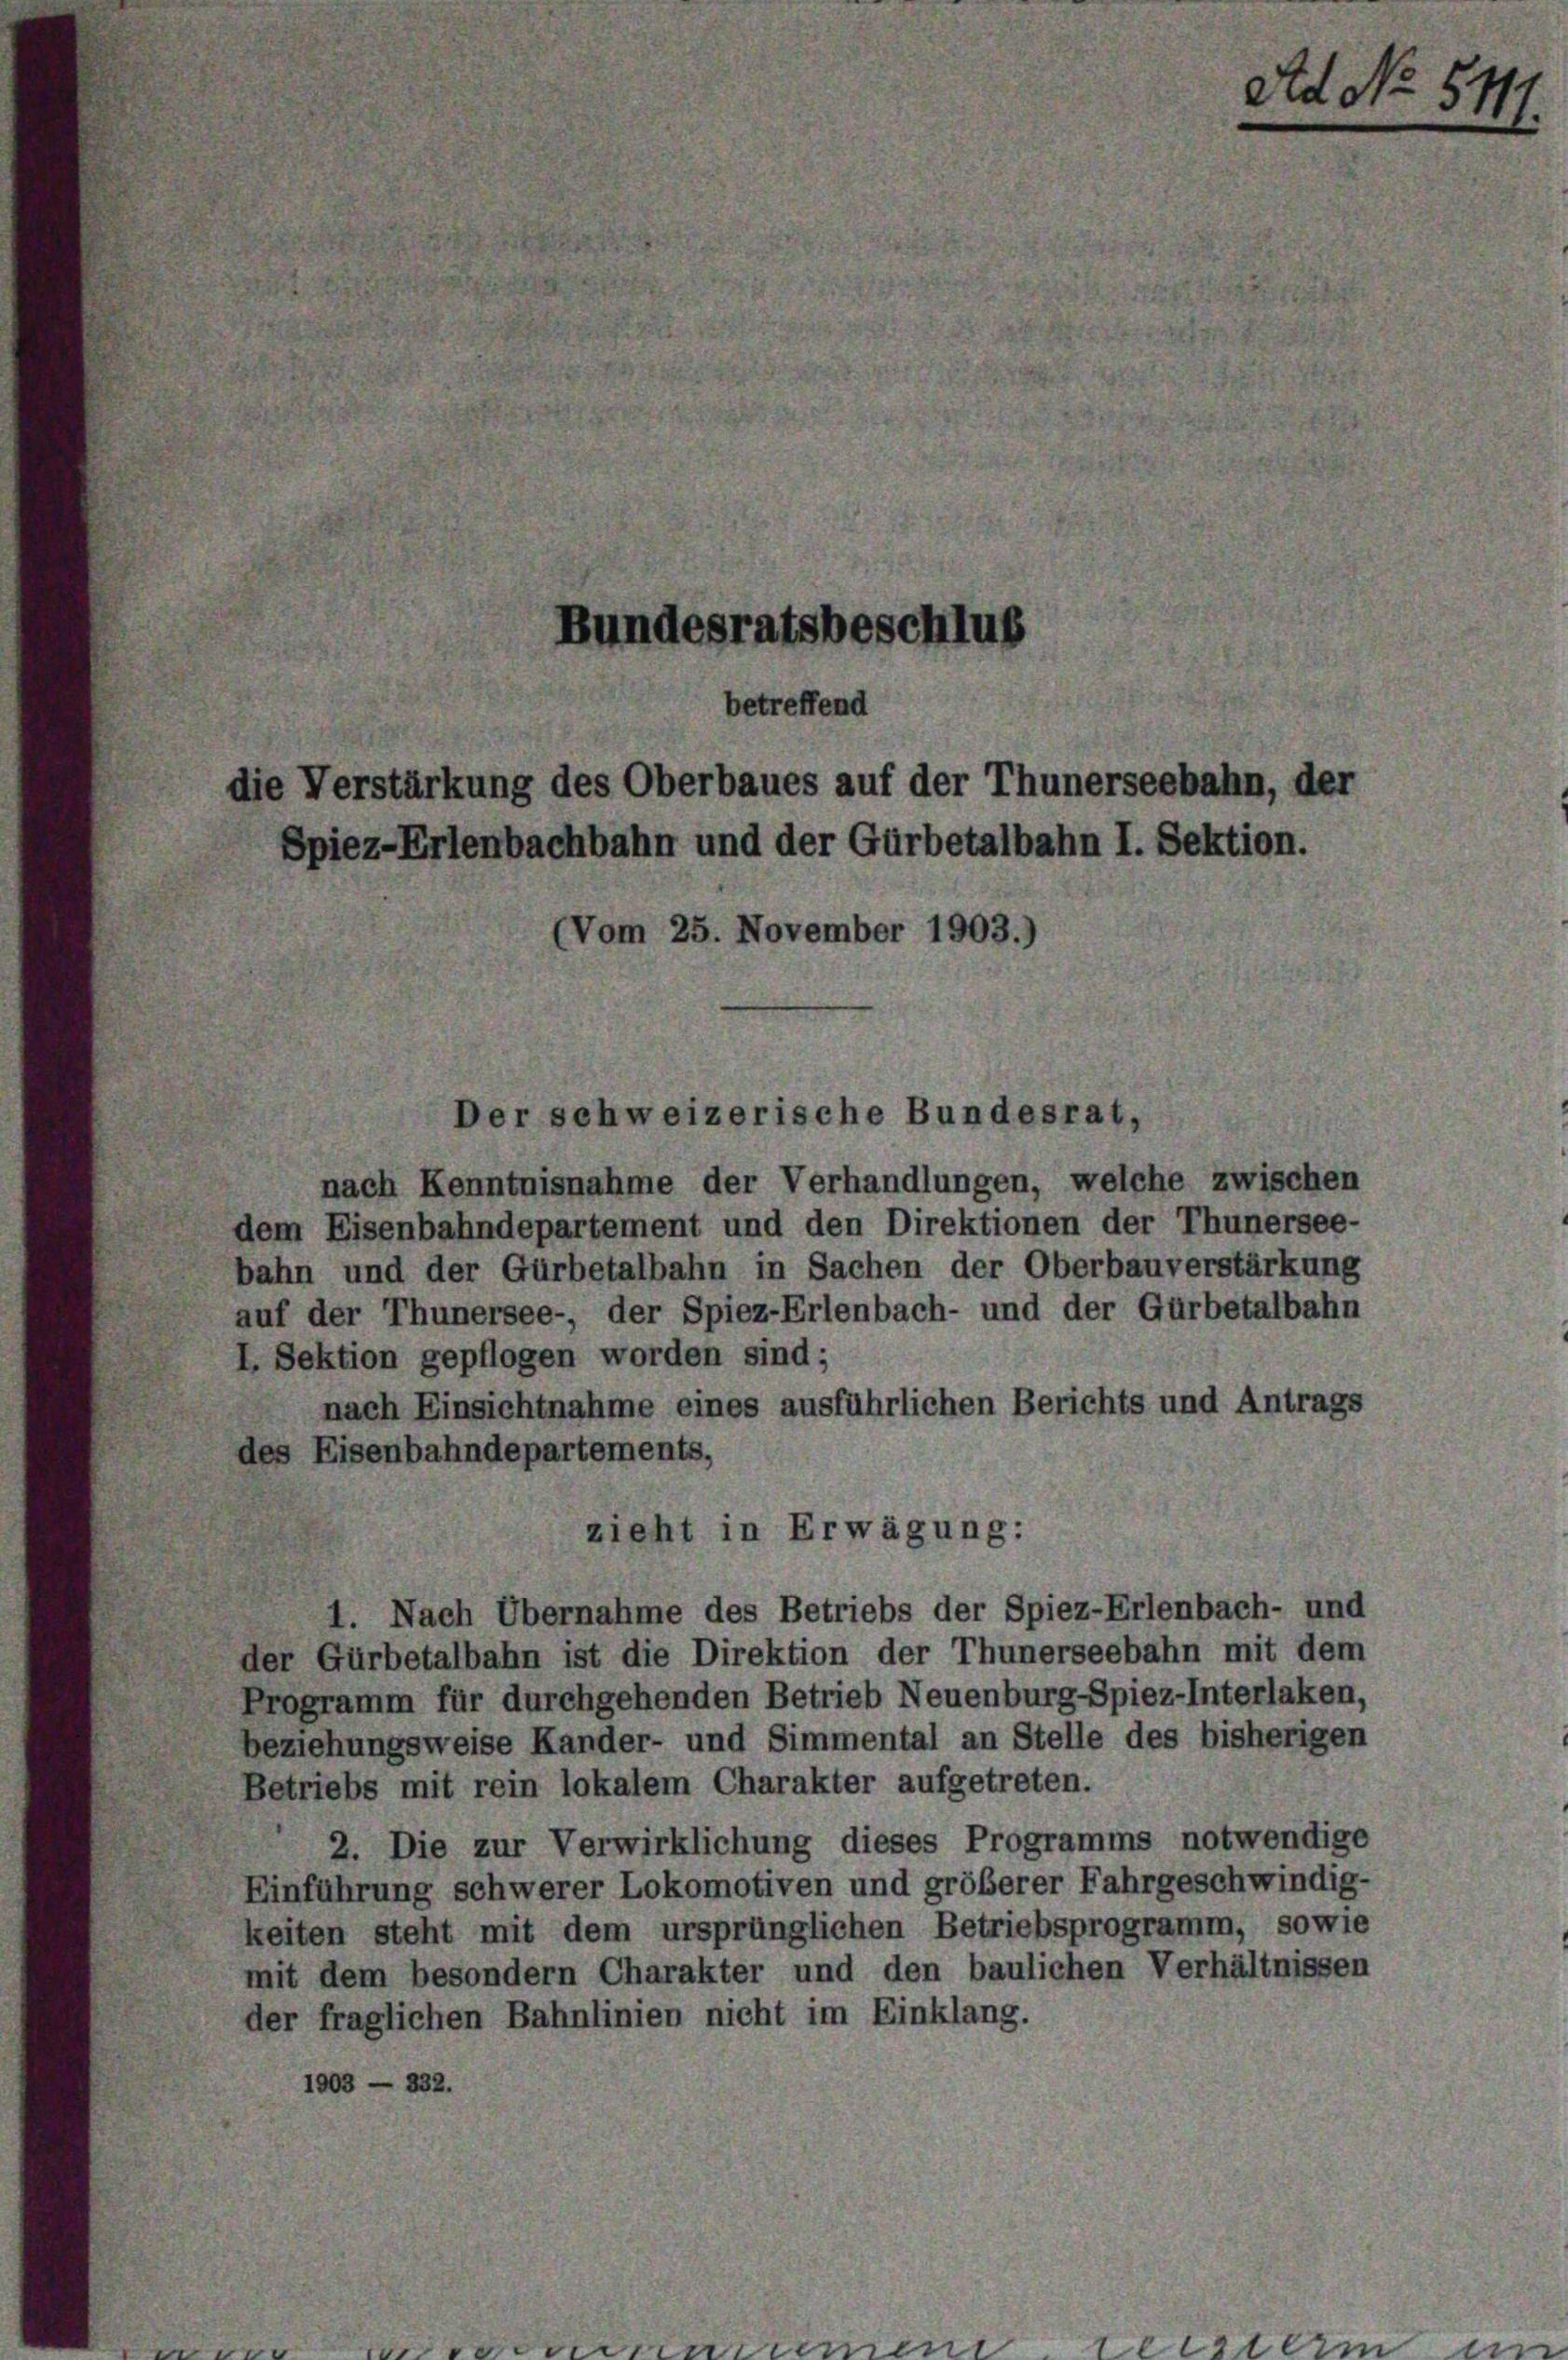
Bundesratsbeschluß
betreffend
die Verstärkung des Oberbaues auf der Thunerseebahn, der
Spiez-Erlenbachbahn und der Gürbetalbahn I. Sektion.
Vom 25. November 1903.)

Der schweizerische Bundesrat,

a

nach Kenntnisnahme der Verhandlungen, welche zwischen
dem Eisenbahndepartement und den Direktionen der Thunersee-
bahn und der Gürbetalbahn in Sachen der Oberbauverstärkung
auf der Thunersee-, der Spiez-Erlenbach- und der Gurbetalbahn
I. Sektion gepflogen worden sind;
nach Einsichtnahme eines ausführlichen Berichts und Antrags
des Eisenbahndepartements,
zieht in Erwägung:
1. Nach Übernahme des Betriebs der Spiez-Erlenbach- und
der Gürbetalbahn ist die Direktion der Thunerseebahn mit dem
Programm für durchgehenden Betrieb Neuenburg-Spiez-Interlaken,
beziehungsweise Kander- und Simmental an Stelle des bisherigen
Betriebs mit rein lokalem Charakter aufgetreten.
2. Die zur Verwirklichung dieses Programms notwendige
Einführung schwerer Lokomotiven und größerer Fahrgeschwindig-
keiten steht mit dem ursprünglichen Betriebsprogramm, sowie
mit dem besondern Charakter und den baulichen Verhältnissen
der fraglichen Bahnlinien nicht im Einklang.
1903 — 332.

41.